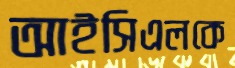
আইসিএলকে